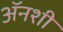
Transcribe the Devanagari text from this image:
अॅनशी